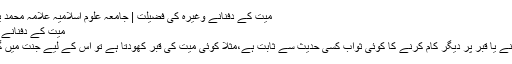
میت کے دفنانے وغیرہ کی فضیلت | جامعہ علوم اسلامیہ علامہ محمد یوسف بنوری ٹاؤن
میت کے دفنانے وغیرہ کی فضیلت
میت کی قبر کھودنے یا قبر پر دیگر کام کرنے کا کوئی ثواب کسی حدیث سے ثابت ہے،مثلاً کوئی میت کی قبر کھودتا ہے تو اس کے لیے جنت میں گھر بنایا جاتا ہے؟